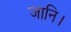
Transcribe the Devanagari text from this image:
जानि।